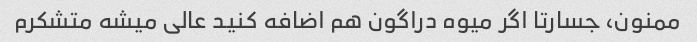
ممنون، جسارتا اگر میوه دراگون هم اضافه کنید عالی میشه متشکرم